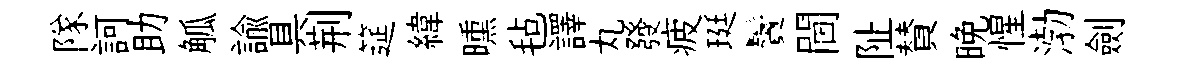
隊訶助觚諭具荆筵緯曛毡譯丸發疲珽鬢閫阯賛晚惺渤劍